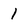
Character: 1